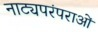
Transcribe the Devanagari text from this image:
नाट्यपरंपराओं